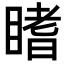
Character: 𥉙